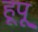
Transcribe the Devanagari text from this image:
हूपू